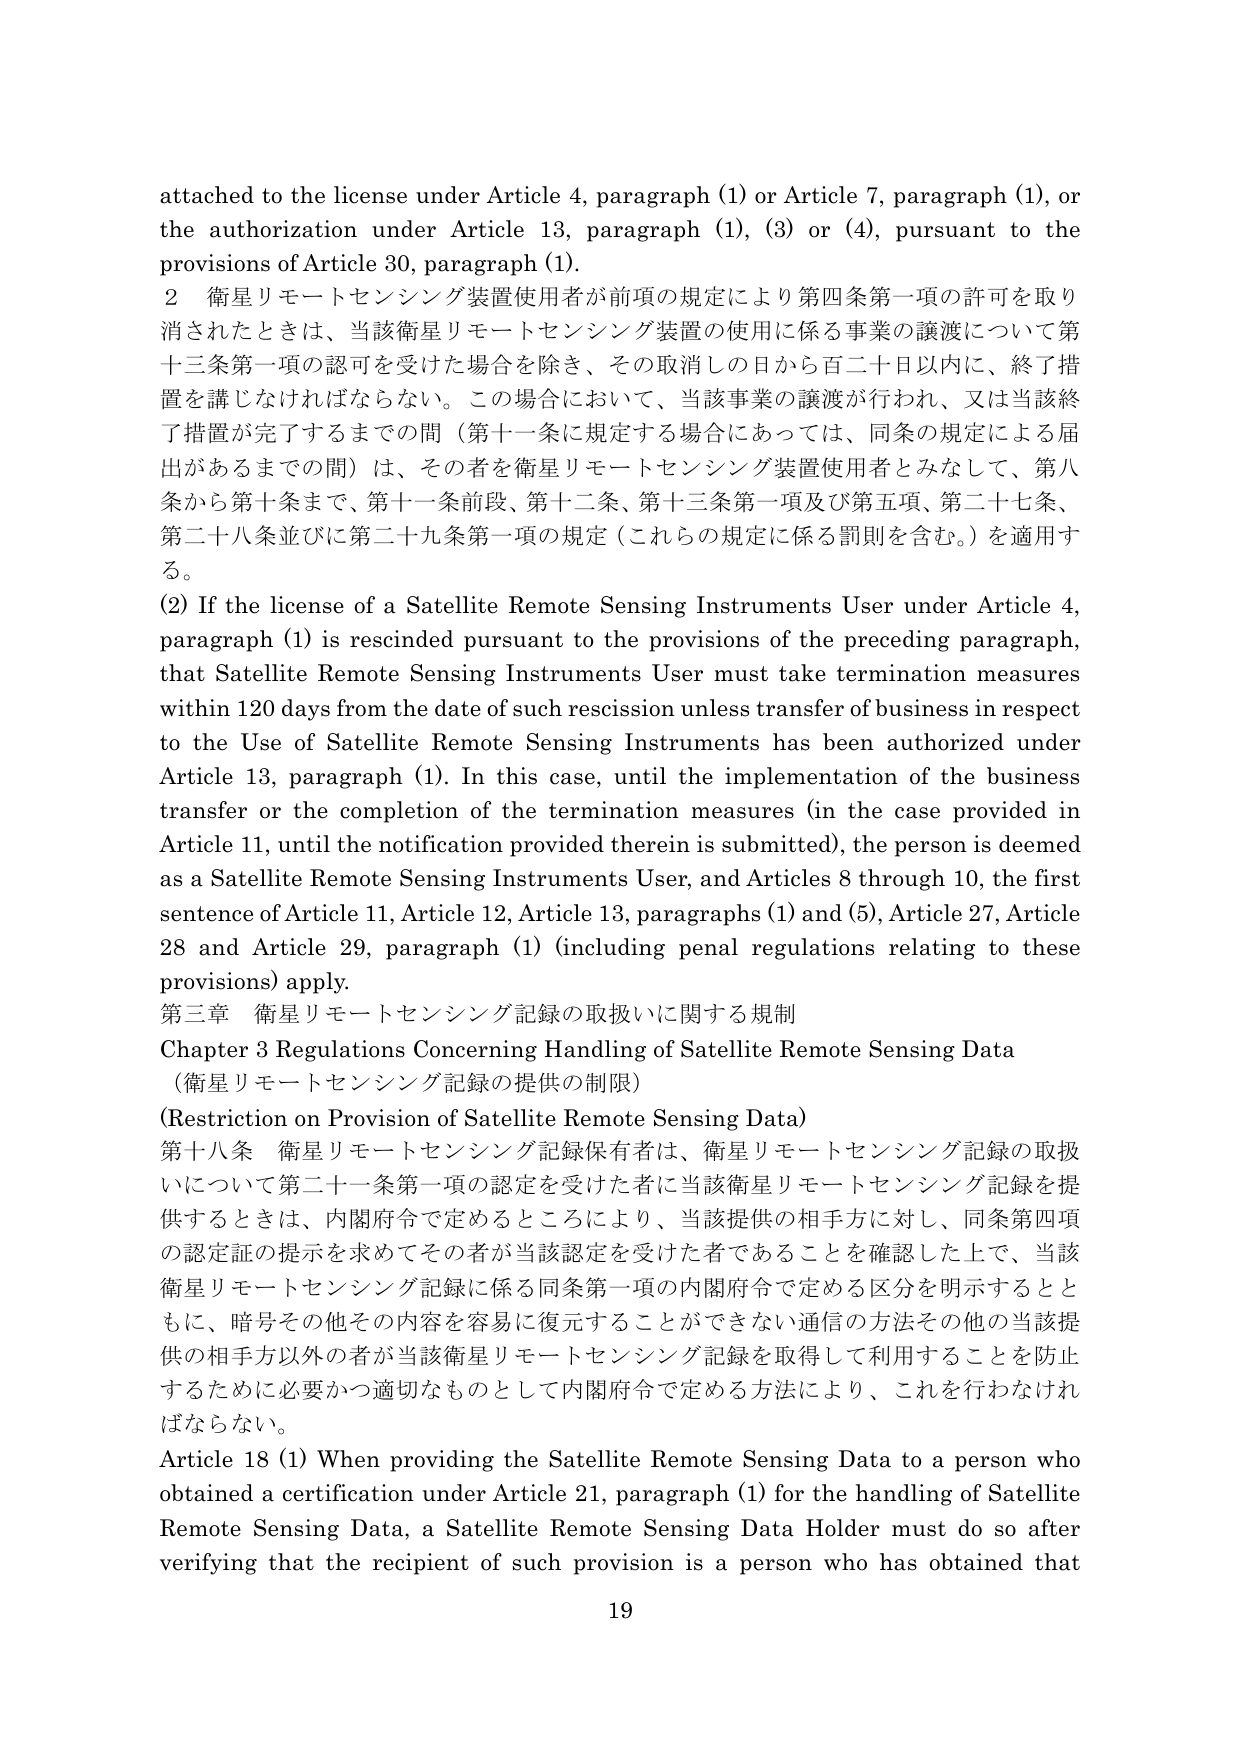
attached to the license under Article 4, paragraph (1) or Article 7, paragraph (1), or the authorization under Article 13, paragraph (1), (3) or (4), pursuant to the provisions of Article 30, paragraph (1).

2 衛星リモートセンシング装置使用者が前項の規定により第四条第一項の許可を取り消されたときは、当該衛星リモートセンシング装置の使用に係る事業の譲渡について第十三条第一項の認可を受けた場合を除き、その取消しの日から百二十日以内に、終了措置を講じなければならない。この場合において、当該事業の譲渡が行われ、又は当該終了措置が完了するまでの間（第十一条に規定する場合にあっては、同条の規定による届出があるまでの間）は、その者を衛星リモートセンシング装置使用者とみなして、第八条から第十条まで、第十一条前段、第十二条、第十三条第一項及び第五項、第二十七条、第二十八条並びに第二十九条第一項の規定（これらの規定に係る罰則を含む。）を適用する。

(2) If the license of a Satellite Remote Sensing Instruments User under Article 4, paragraph (1) is rescinded pursuant to the provisions of the preceding paragraph, that Satellite Remote Sensing Instruments User must take termination measures within 120 days from the date of such rescission unless transfer of business in respect to the Use of Satellite Remote Sensing Instruments has been authorized under Article 13, paragraph (1). In this case, until the implementation of the business transfer or the completion of the termination measures (in the case provided in Article 11, until the notification provided therein is submitted), the person is deemed as a Satellite Remote Sensing Instruments User, and Articles 8 through 10, the first sentence of Article 11, Article 12, Article 13, paragraphs (1) and (5), Article 27, Article 28 and Article 29, paragraph (1) (including penal regulations relating to these provisions) apply.

第三章 衛星リモートセンシング記録の取扱いに関する規制
Chapter 3 Regulations Concerning Handling of Satellite Remote Sensing Data
（衛星リモートセンシング記録の提供の制限）
(Restriction on Provision of Satellite Remote Sensing Data)

第十八条 衛星リモートセンシング記録保有者は、衛星リモートセンシング記録の取扱いについて第二十一条第一項の認定を受けた者に当該衛星リモートセンシング記録を提供するときは、内閣府令で定めるところにより、当該提供の相手方に対し、同条第四項の認定証の提示を求めてその者が当該認定を受けた者であることを確認した上で、当該衛星リモートセンシング記録に係る同条第一項の内閣府令で定める区分を明示するとともに、暗号その他その内容を容易に復元することができない通信の方法その他の当該提供の相手方以外の者が当該衛星リモートセンシング記録を取得して利用することを防止するために必要かつ適切なものとして内閣府令で定める方法により、これを行わなければならない。

Article 18 (1) When providing the Satellite Remote Sensing Data to a person who obtained a certification under Article 21, paragraph (1) for the handling of Satellite Remote Sensing Data, a Satellite Remote Sensing Data Holder must do so after verifying that the recipient of such provision is a person who has obtained that

19